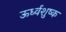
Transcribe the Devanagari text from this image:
ऊर्ध्वशुष्क